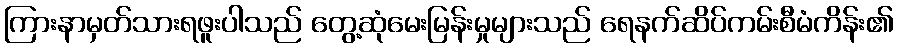
ကြားနာမှတ်သားရဖူးပါသည် တွေ့ဆုံမေးမြန်းမှုများသည် ရေနက်ဆိပ်ကမ်းစီမံကိန်း၏